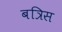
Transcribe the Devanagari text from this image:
बत्रिस